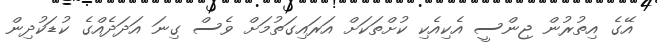
އޭގެ އިތުރުން ޖިންސީ އެކިއެކި ކުށްތަކަށް އަރައިގަތުމަށް ވެސް ގިނަ އަދަދެއްގެ ކުޑަކުދިން